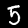
Digit: 5